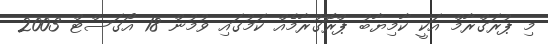
މި ޕުރަގްރާމް އަކީ ކާމިޔާބު ޕްރޮގުރާމެއް ކަމުގައި ވުމުން 18 އޯގަސްޓް 2003